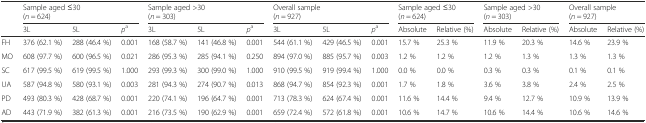
<table><thead><tr><td rowspan="2"></td><td colspan="3"><b>Sample aged ≤30 (<i>n</i> = 624)</b></td><td colspan="3"><b>Sample aged &gt;30 (<i>n</i> = 303)</b></td><td colspan="3"><b>Overall sample (<i>n</i> = 927)</b></td><td colspan="2"><b>Sample aged ≤30 (<i>n</i> = 624)</b></td><td colspan="2"><b>Sample aged &gt;30 (<i>n</i> = 303)</b></td><td colspan="2"><b>Overall sample (<i>n</i> = 927)</b></td></tr><tr><td><b>3L</b></td><td><b>5L</b></td><td><b><i>p</i><sup>a</sup></b></td><td><b>3L</b></td><td><b>5L</b></td><td><b><i>p</i><sup>a</sup></b></td><td><b>3L</b></td><td><b>5L</b></td><td><b><i>p</i><sup>a</sup></b></td><td><b>Absolute</b></td><td><b>Relative (%)</b></td><td><b>Absolute</b></td><td><b>Relative (%)</b></td><td><b>Absolute</b></td><td><b>Relative (%)</b></td></tr></thead><tbody><tr><td>FH</td><td>376 (62.1 %)</td><td>288 (46.4 %)</td><td>0.001</td><td>168 (58.7 %)</td><td>141 (46.8 %)</td><td>0.001</td><td>544 (61.1 %)</td><td>429 (46.5 %)</td><td>0.001</td><td>15.7 %</td><td>25.3 %</td><td>11.9 %</td><td>20.3 %</td><td>14.6 %</td><td>23.9 %</td></tr><tr><td>MO</td><td>608 (97.7 %)</td><td>600 (96.5 %)</td><td>0.021</td><td>286 (95.3 %)</td><td>285 (94.1 %)</td><td>0.250</td><td>894 (97.0 %)</td><td>885 (95.7 %)</td><td>0.003</td><td>1.2 %</td><td>1.2 %</td><td>1.2 %</td><td>1.3 %</td><td>1.3 %</td><td>1.3 %</td></tr><tr><td>SC</td><td>617 (99.5 %)</td><td>619 (99.5 %)</td><td>1.000</td><td>293 (99.3 %)</td><td>300 (99.0 %)</td><td>1.000</td><td>910 (99.5 %)</td><td>919 (99.4 %)</td><td>1.000</td><td>0.0 %</td><td>0.0 %</td><td>0.3 %</td><td>0.3 %</td><td>0.1 %</td><td>0.1 %</td></tr><tr><td>UA</td><td>587 (94.8 %)</td><td>580 (93.1 %)</td><td>0.003</td><td>281 (94.3 %)</td><td>274 (90.7 %)</td><td>0.013</td><td>868 (94.7 %)</td><td>854 (92.3 %)</td><td>0.001</td><td>1.7 %</td><td>1.8 %</td><td>3.6 %</td><td>3.8 %</td><td>2.4 %</td><td>2.5 %</td></tr><tr><td>PD</td><td>493 (80.3 %)</td><td>428 (68.7 %)</td><td>0.001</td><td>220 (74.1 %)</td><td>196 (64.7 %)</td><td>0.001</td><td>713 (78.3 %)</td><td>624 (67.4 %)</td><td>0.001</td><td>11.6 %</td><td>14.4 %</td><td>9.4 %</td><td>12.7 %</td><td>10.9 %</td><td>13.9 %</td></tr><tr><td>AD</td><td>443 (71.9 %)</td><td>382 (61.3 %)</td><td>0.001</td><td>216 (73.5 %)</td><td>190 (62.9 %)</td><td>0.001</td><td>659 (72.4 %)</td><td>572 (61.8 %)</td><td>0.001</td><td>10.6 %</td><td>14.7 %</td><td>10.6 %</td><td>14.4 %</td><td>10.6 %</td><td>14.6 %</td></tr></tbody></table>